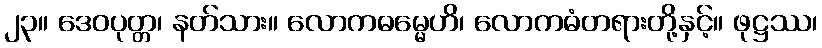
၂၃။ ဒေဝပုတ္တ၊ နတ်သား။ လောကဓမ္မေဟိ၊ လောကဓံတရားတို့နှင့်။ ဖုဋ္ဌဿ၊